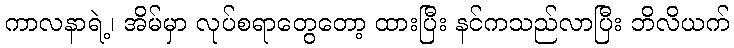
ကာလနာရဲ့၊ အိမ်မှာ လုပ်စရာတွေတော့ ထားပြီး နင်ကသည်လာပြီး ဘိလိယက်